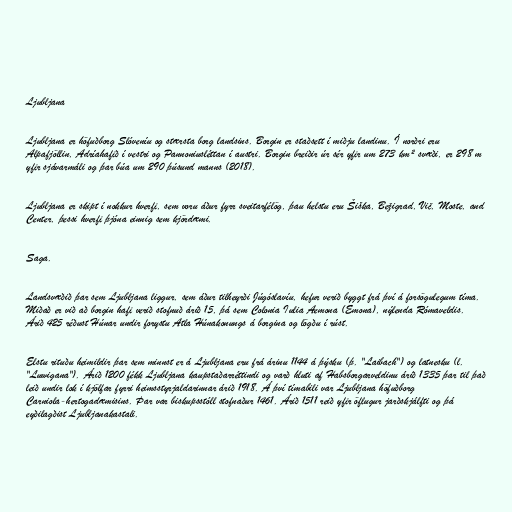
Ljubljana

Ljubljana er höfuðborg Slóveníu og stærsta borg landsins. Borgin er staðsett í miðju landinu. Í norðri eru
Alpafjöllin, Adríahafið í vestri og Pannoniusléttan í austri. Borgin breiðir úr sér yfir um 273 km² svæði, er 298 m
yfir sjávarmáli og þar búa um 290 þúsund manns (2018).

Ljubljana er skipt í nokkur hverfi, sem voru áður fyrr sveitarfélög, þau helstu eru Šiška, Bežigrad, Vič, Moste, and
Center, þessi hverfi þjóna einnig sem kjördæmi.

Saga.

Landsvæðið þar sem Ljubljana liggur, sem áður tilheyrði Júgóslavíu, hefur verið byggt frá því á forsögulegum tíma.
Miðað er við að borgin hafi verið stofnuð árið 15, þá sem Colonia Iulia Aemona (Emona), nýlenda Rómaveldis.
Árið 425 réðust Húnar undir forystu Atla Húnakonungs á borgina og lögðu í rúst.

Elstu rituðu heimildir þar sem minnst er á Ljubljana eru frá árinu 1144 á þýsku (þ. "Laibach") og latnesku (l.
"Luwigana"). Árið 1200 fékk Ljubljana kaupstaðarréttindi og varð hluti af Habsborgarveldinu árið 1335 þar til það
leið undir lok í kjölfar fyrri heimsstyrjaldarinnar árið 1918. Á því tímabili var Ljubljana höfuðborg
Carniola-hertogadæmisins. Þar var biskupsstóll stofnaður 1461. Árið 1511 reið yfir öflugur jarðskjálfti og þá
eyðilagðist Ljubljanakastali.